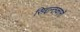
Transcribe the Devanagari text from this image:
सिद्दान्तकारों